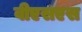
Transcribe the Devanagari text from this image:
वीएसएस